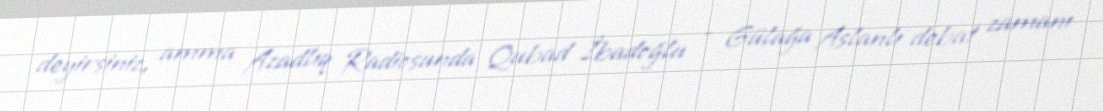
deyirsiniz, amma Azadlıq Radiosunda Qubad İbadoğlu - Gülağa Aslanlı debat zamanı